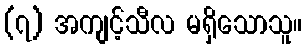
(၇) အကျင့်သီလ မရှိသောသူ။